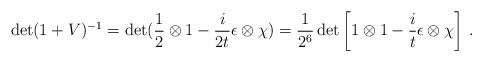
LaTeX: \begin{align*}\det(1+V)^{-1}=\det(\frac{1}{2}\otimes 1-\frac{i}{2t}\epsilon\otimes\chi)=\frac{1}{2^6}\det\left[1\otimes 1-\frac{i}{t}\epsilon\otimes\chi\right]\, .\end{align*}